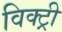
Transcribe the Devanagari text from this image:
विक्‍ट्री